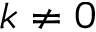
k \neq 0